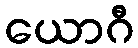
ယောဂီ